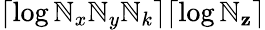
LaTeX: \lceil\log\mathbb{N}_{x}\mathbb{N}_{y}\mathbb{N}_{k}\rceil\lceil\log\mathbb{N}_{\mathbf{z}}\rceil